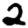
Digit: 2